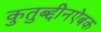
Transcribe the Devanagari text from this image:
कुतुब्द्दीनऐबक